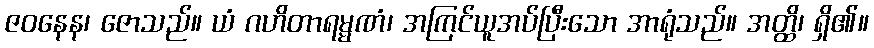
ဇဝနေန၊ ဇောသည်။ ယံ ဂဟိတာရမ္မဏံ၊ အကြင်ယူအပ်ပြီးသော အာရုံသည်။ အတ္ထိ၊ ရှိ၏။